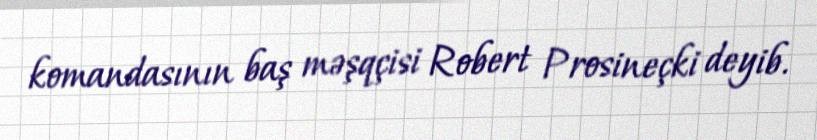
komandasının baş məşqçisi Robert Prosineçki deyib.